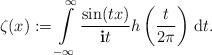
LaTeX: \begin{align*}\zeta (x):=\int\limits_{-\infty}^{\infty}\frac{\sin (tx)}{\mathbf{i} t} h\left(\frac{t}{2\pi}\right)\,\mathrm{d}t .\end{align*}